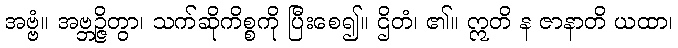
အဗ္ဗံ။ အဗ္ဘဉ္ဇိတွာ၊ သက်ဆိုကိစ္စကို ပြီးစေ၍။ ဌိတံ၊ ၏။ ဣတိ န ဇာနာတိ ယထာ၊